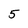
Character: 5